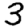
Digit: 3